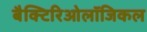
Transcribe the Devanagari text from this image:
बैक्टिरिओलॉजिकल